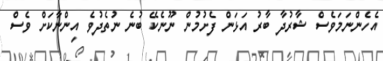
އެހެންނަމަވެސް ޝާރުދާ ބާރު އަޅަން ފެށުމުން ނޫނެކޭ ބުނެ ނުތެދުވެ އިންނާކަށް ވެސް